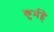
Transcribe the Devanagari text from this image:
कुर्महे